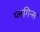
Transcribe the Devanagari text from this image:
प्लगिन्स